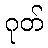
ဂုတ်